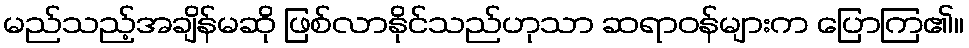
မည်သည့်အချိန်မဆို ဖြစ်လာနိုင်သည်ဟုသာ ဆရာဝန်များက ပြောကြ၏။